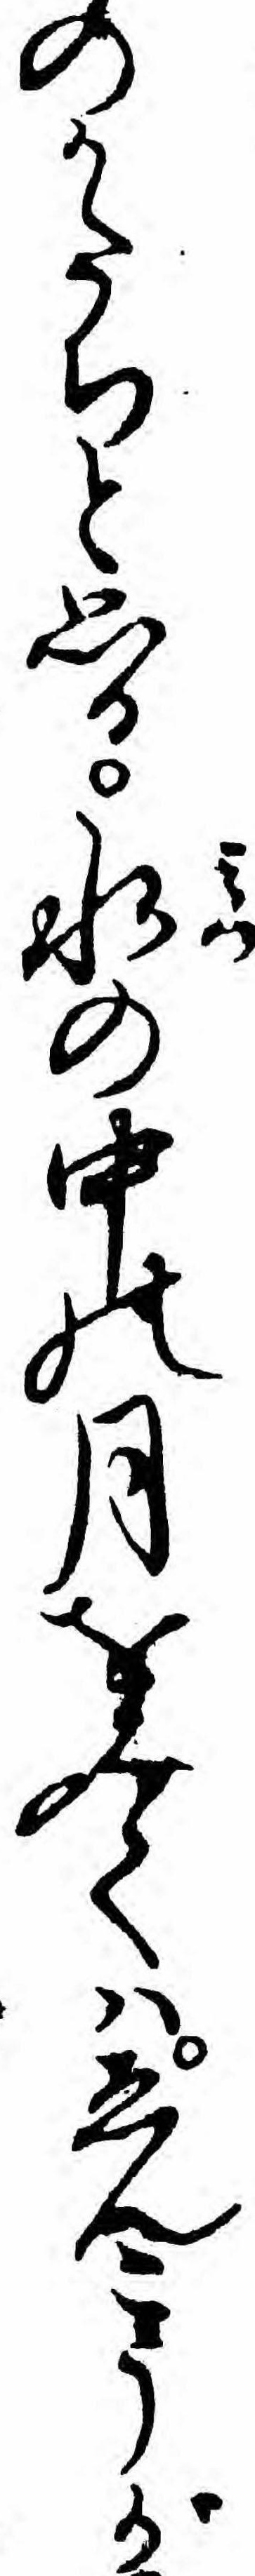
のかたちと思ひ水の中の月をみてハゑんこうが